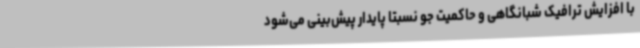
با افزایش ترافیک شبانگاهی و حاکمیت جو نسبتا پایدار پیش‌بینی می‌شود